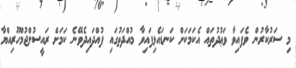
މި ސަރުކާރުން ވެފައިވާ ވަޢުދުތައް އެކަމަކަށް ކަނޑައެޅިފައިވާ މުއްދަތުގައި ފުއްދައިދެވޭނެ ކަމަށް ރައީސުލްޖުމްހޫރިއްޔާ